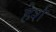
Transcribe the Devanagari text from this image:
हेर्श